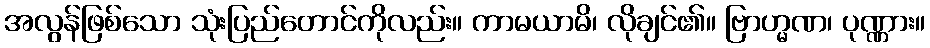
အလွန်ဖြစ်သော သုံးပြည်တောင်ကိုလည်း။ ကာမယာမိ၊ လိုချင်၏။ ဗြာဟ္မဏ၊ ပုဏ္ဏား။